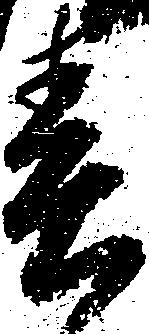
春